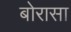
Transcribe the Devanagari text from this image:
बोरासा